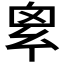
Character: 𢇆